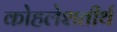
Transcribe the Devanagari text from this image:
कोहलेशतीर्थ